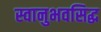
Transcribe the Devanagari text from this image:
स्वानुभवसिद्ध